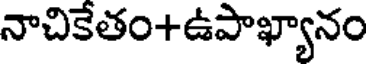
నాచికేతం+ఉపాఖ్యానం